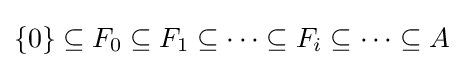
\{0\}\subseteq F_{0}\subseteq F_{1}\subseteq \cdots \subseteq F_{i}\subseteq \cdots \subseteq A